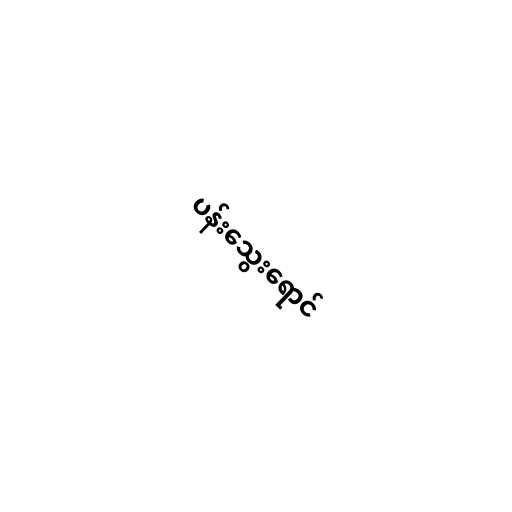
ပန်းသွေးရောင်